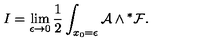
I = \lim _ { \epsilon \to 0 } { \frac { 1 } { 2 } } \int _ { x _ { 0 } = \epsilon } { \cal A } \wedge { } ^ { * } { \cal F } .